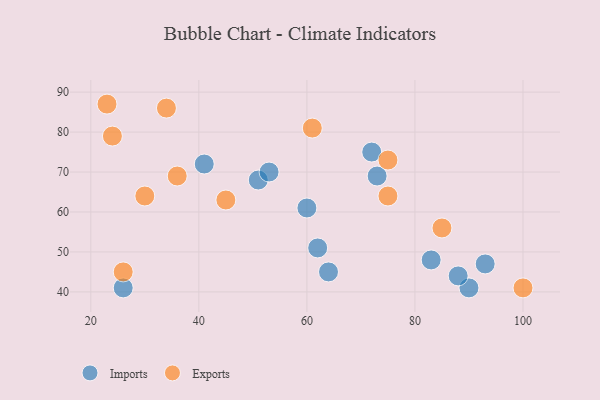
{"axis": {"x": "GDP", "y": "Life Expectancy"}, "legend": ["Exports", "Imports"], "data": [{"x": "26", "y": 41, "type": "Imports"}, {"x": "90", "y": 41, "type": "Imports"}, {"x": "41", "y": 72, "type": "Imports"}, {"x": "73", "y": 69, "type": "Imports"}, {"x": "51", "y": 68, "type": "Imports"}, {"x": "93", "y": 47, "type": "Imports"}, {"x": "60", "y": 61, "type": "Imports"}, {"x": "62", "y": 51, "type": "Imports"}, {"x": "83", "y": 48, "type": "Imports"}, {"x": "72", "y": 75, "type": "Imports"}, {"x": "88", "y": 44, "type": "Imports"}, {"x": "53", "y": 70, "type": "Imports"}, {"x": "64", "y": 45, "type": "Imports"}, {"x": "34", "y": 86, "type": "Exports"}, {"x": "30", "y": 64, "type": "Exports"}, {"x": "24", "y": 79, "type": "Exports"}, {"x": "75", "y": 64, "type": "Exports"}, {"x": "45", "y": 63, "type": "Exports"}, {"x": "75", "y": 73, "type": "Exports"}, {"x": "36", "y": 69, "type": "Exports"}, {"x": "26", "y": 45, "type": "Exports"}, {"x": "61", "y": 81, "type": "Exports"}, {"x": "100", "y": 41, "type": "Exports"}, {"x": "85", "y": 56, "type": "Exports"}, {"x": "23", "y": 87, "type": "Exports"}]}